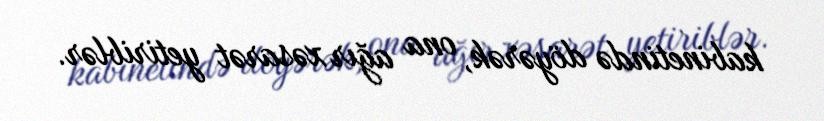
kabinetində döyərək, ona ağır xəsarət yetiriblər.